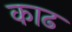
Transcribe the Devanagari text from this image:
काढ